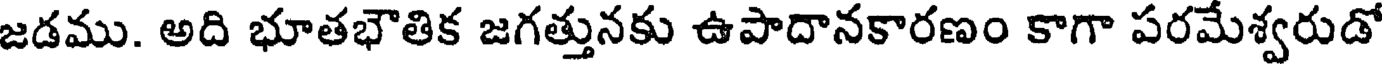
జడము. అది భూతభౌతిక జగత్తునకు ఉపాదానకారణం కాగా పరమేశ్వరుడో